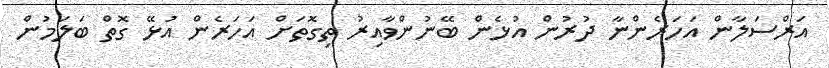
އަރްސަލާން އަހަރެންނާ ދުރުން އުޅެން ބޭނުންވާއިރު ތިގޮތަށް އަހަރެން އުޅޭ ގޮތް ބަލަމުން